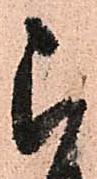
被